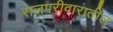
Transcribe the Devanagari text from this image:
राजपरीवारातील